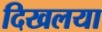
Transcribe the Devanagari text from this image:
दिखलया